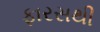
ફારસથી